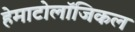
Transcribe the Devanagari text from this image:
हेमाटोलॉजिकल